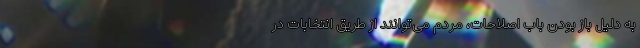
به دلیل باز بودن باب اصلاحات، مردم می‌توانند از طریق انتخابات در